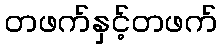
တဖက်နှင့်တဖက်